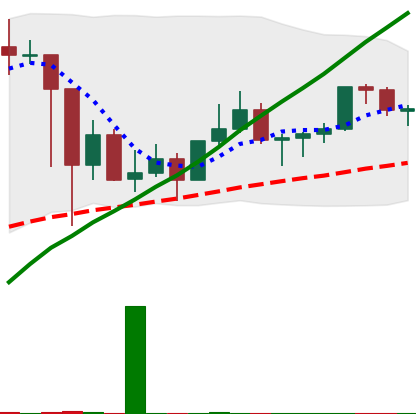
Ticker: LINK-USD
Chart end date: 2021-03-11
Forward return: -7.174%
Label: down_7plus